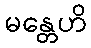
မန္တေဟိ